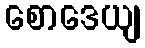
စောဒေယျ